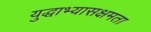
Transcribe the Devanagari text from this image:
युद्धाभ्यासक्षमता